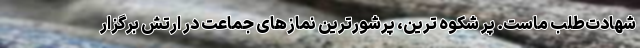
شهادت‌طلب ماست. پر شکوه ترین، پرشورترین نمازهای جماعت در ارتش برگزار